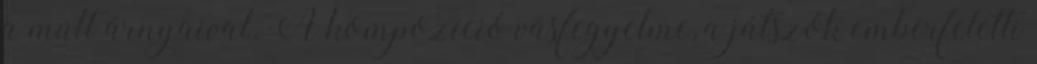
a múlt árnyaival. A kompozíció vasfegyelme, a játszók emberfeletti